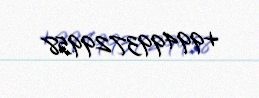
+994993729958